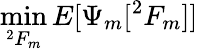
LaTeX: \operatorname*{min}_{^{2}F_{m}}{E[\Psi_{m}[^{2}F_{m}]]}